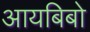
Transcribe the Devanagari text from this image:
आयबिबो